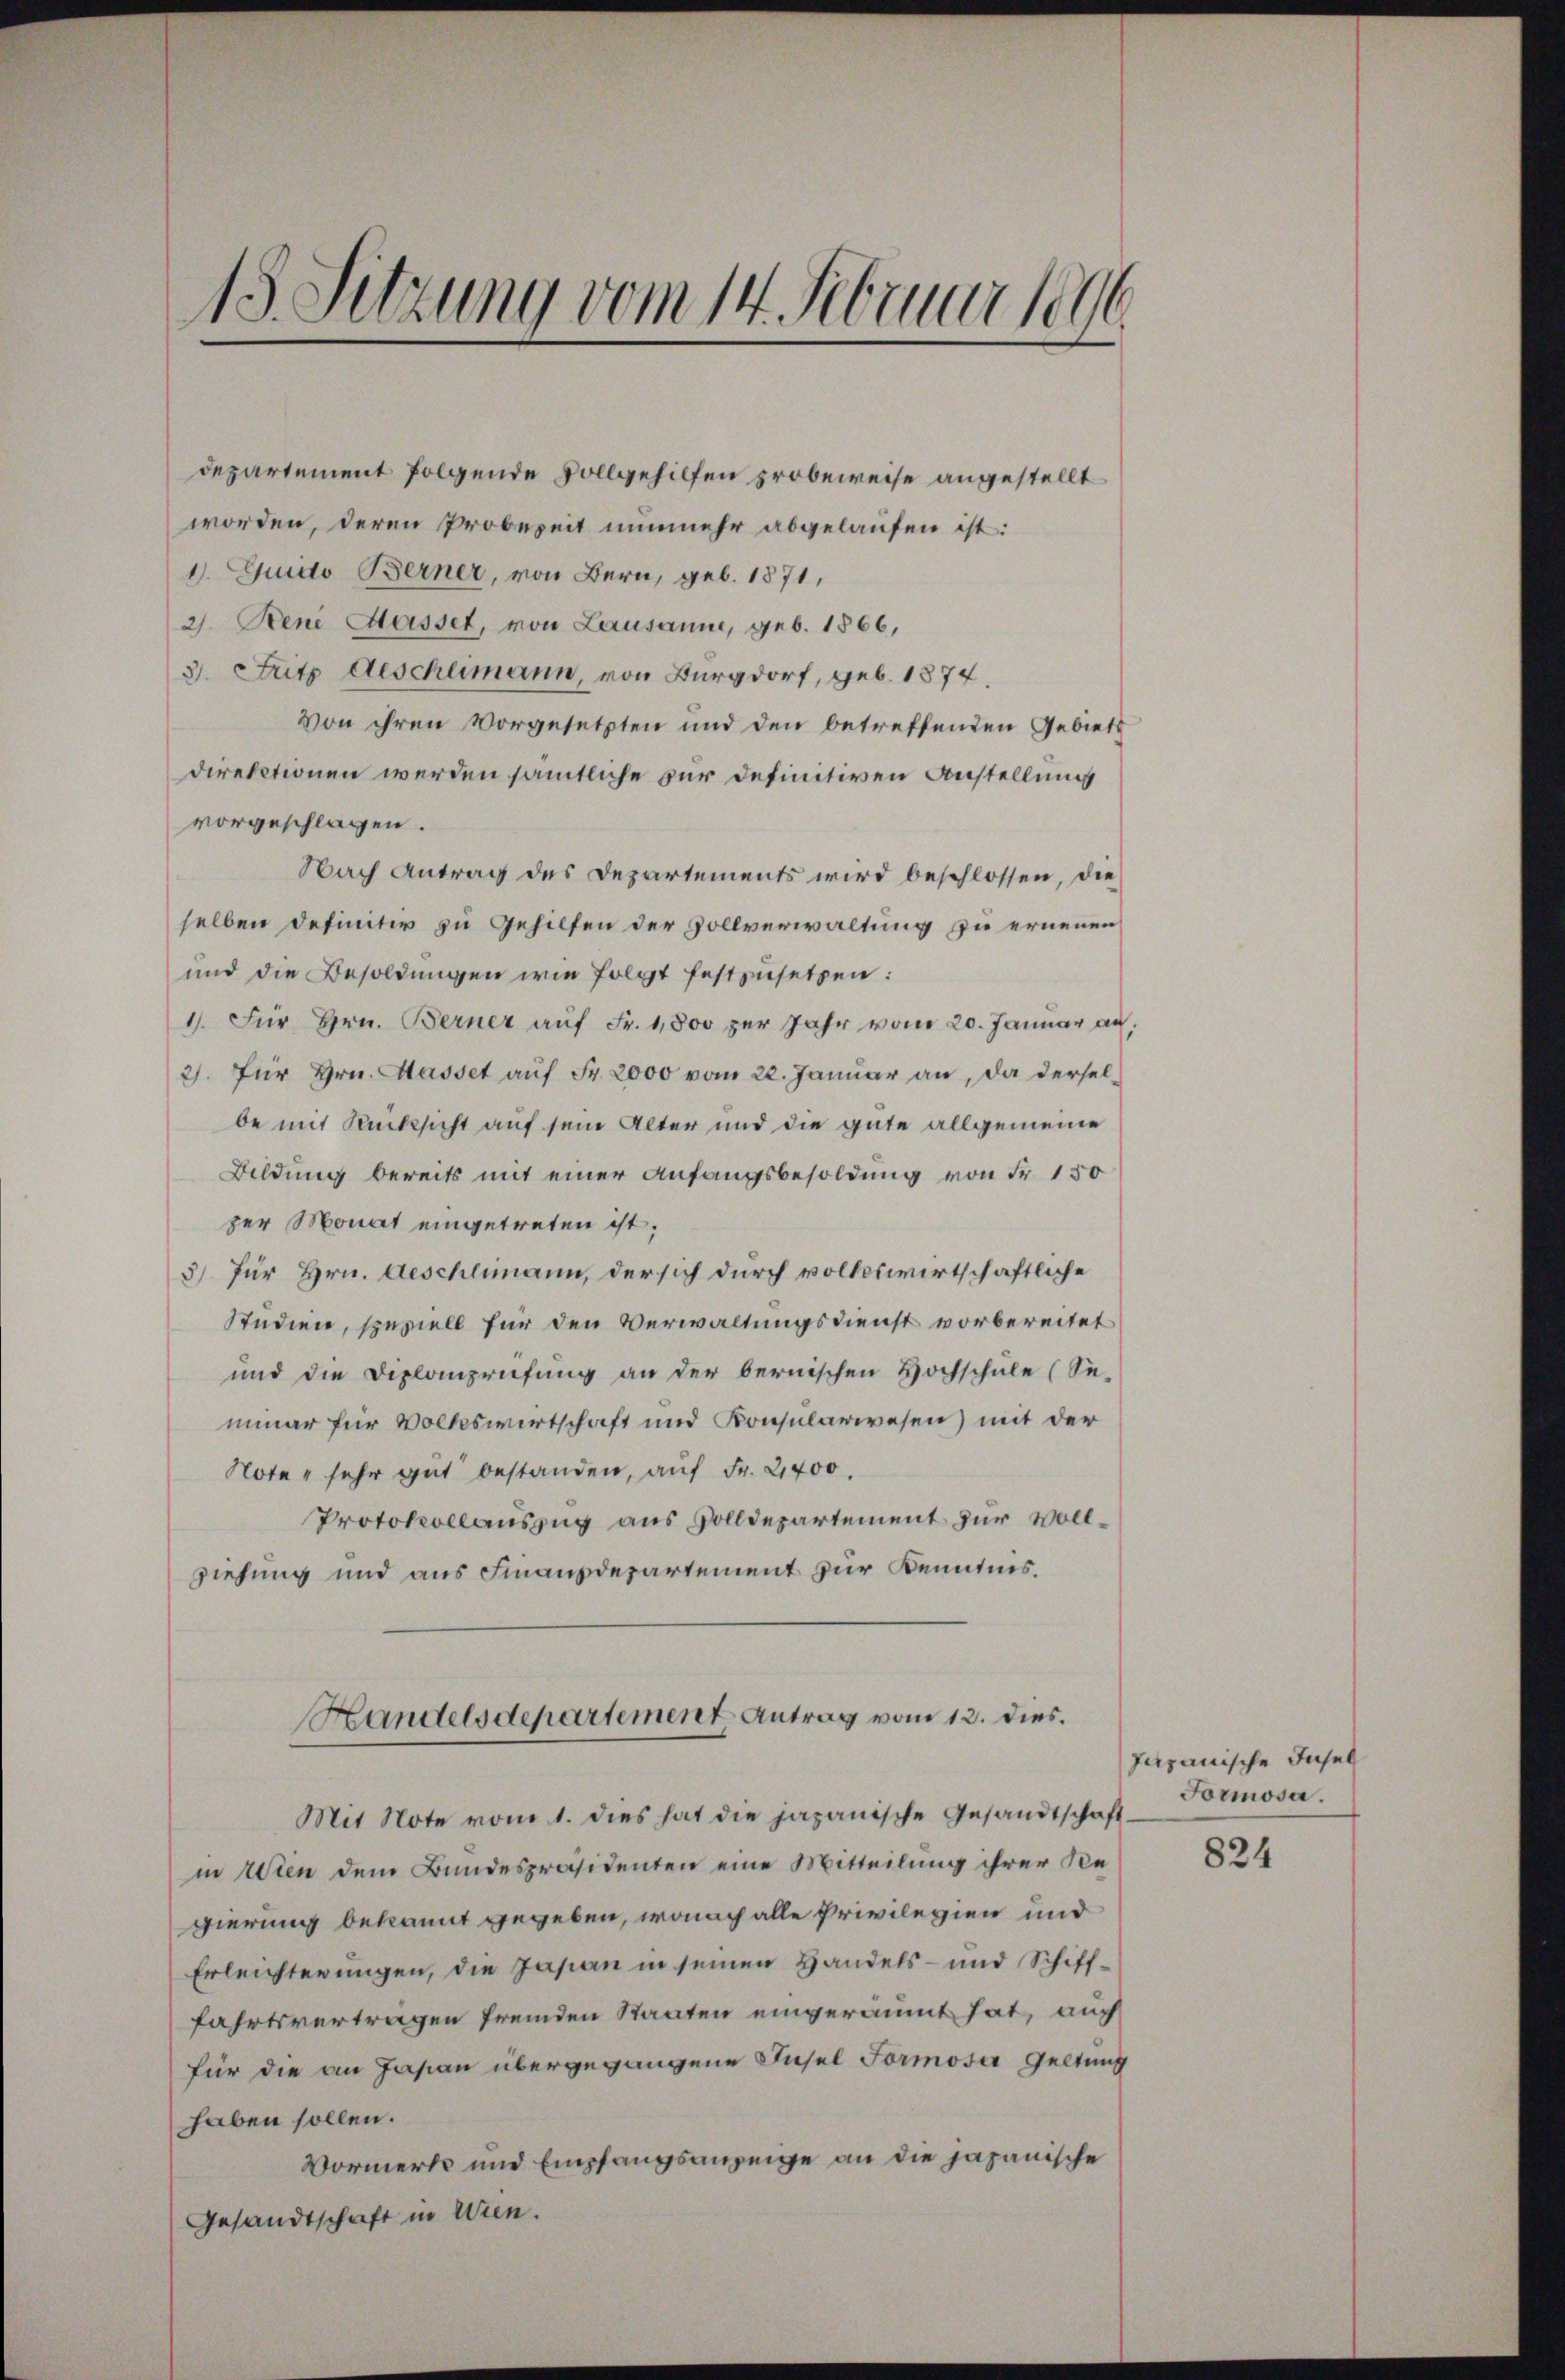
13. Setzung vom 14. Februar 1896.

departement folgende vollgehilfen probeweise angestellt
worden, deren Probeseit nunmehr abgelaufen ist:
1. Guido Berner, von Bern, geb. 1871,
2. Bene Masset, von Lausanne, geb. 1866,
3. Fritz Aeschlimann, von Burgdorf, geb. 1874.
von ihren vorgesetzten und den betreffenden Gebiets
direktionen werden sämtliche zur definitiven Anstellung
vorgeschlagen.
Nach Antrag des Departements wird beschlossen, die
selben definitiv zu Gehilfen der Zollverwaltung zu ernennen,
und die Besoldungen wie folgt festzusetzen:
1). Für Hrn. Berner auf Fr. 1,800 per Jahr vom 20. Januar au
2. für Hrn. Masset aŭf Fr. 2000 vom 22. Januar an, da derselbe mit Rücksicht auf sein Alter und die gute allgemeine
Bildung bereits mit einer Anfangsbesoldung von Fr. 150
zer Monat eingetreten ist.
5) für Hrn. Aeschlimann, der sich durch volkswirtschaftliche
Studien, speziell für den Verwaltungsdienst vorbereitet
und die Diplomprifung an der bernischen Hochschule (Se-
mmar für Volkswirtschaft und Konsularwesen) mit der
Note sehr gut bestanden, auf Fr. 2400.
Protokollauszug aus Volldepartement zur Vollziehung und aus Finanzdepartement zur Kenntnis.
Handelsdepartement Antrag vom 12. dies.
Mit Note vom 1. dies hat die japanische Gesandtschaft.
in Wien dem Bundespräsidenten eine Mitteilung ihrer Regierung bekannt gegeben, wonach alle Privilegien und
Erleichterungen, die Japan in seinen Handels- und Schifffahrtsvertragen fremden Staaten eingeräumt hat, auch
für die an Jasian übergegangene Insel Formosa Geltung
haben sollen.
Vormerks und Empfangsanzeige an die japanische
Gesandtschaft in Wien.

Japanische Insel
Formosa.

824